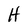
Character: H